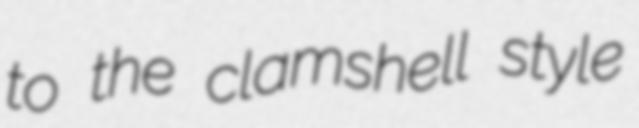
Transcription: to the clamshell style